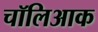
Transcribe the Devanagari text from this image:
चॉलिआक